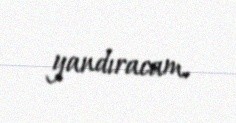
yandıracam.